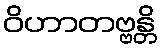
ဝိဟာတဗ္ဗန္တိ